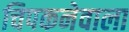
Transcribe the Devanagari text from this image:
चिपकनेवाला